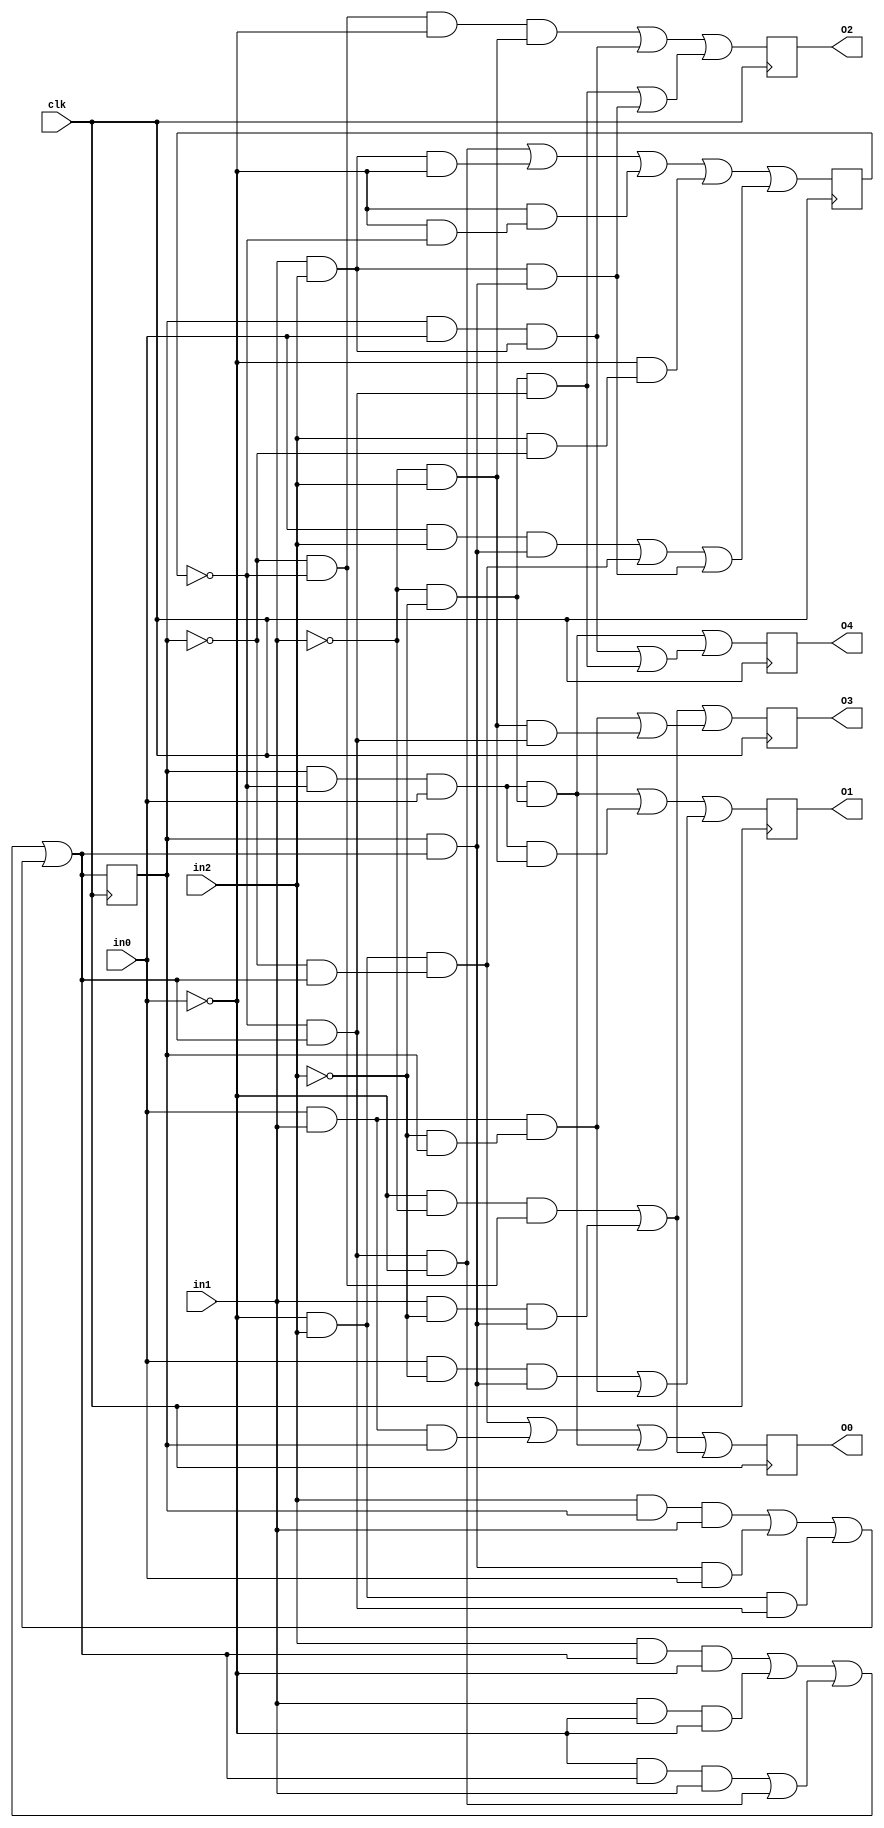
//num of or = 31
//num of and = 112
//num of not = 65
//num of wire = 206
module c1126 (in0,in1,in2,O0,O1,O2,O3,O4,clk);

input in0,in1,in2,clk;

output O0,O1,O2,O3,O4;

wire in0,in1,in2,N0,N1,N2,N3,N4,N5,N6,N7,N8,
N9,N10,N11,N12,N13,N14,N15,N16,N17,N18,
N19,N20,N21,N22,N23,N24,N25,N26,N27,N28,
N29,N30,N31,N32,N33,N34,N35,N36,N37,N38,
N39,N40,N41,N42,N43,N44,N45,N46,N47,N48,
N49,N50,N51,N52,N53,N54,N55,N56,N57,N58,
N59,N60,N61,N62,N63,N64,N65,N66,N67,N68,
N69,N70,N71,N72,N73,N74,N75,N76,N77,N78,
N79,N80,N81,N82,N83,N84,N85,N86,N87,N88,
N89,N90,N91,N92,N93,N94,N95,N96,N97,N98,
N99,N100,N101,N102,N103,N104,N105,N106,N107,N108,
N109,N110,N111,N112,N113,N114,N115,N116,N117,N118,
N119,N120,N121,N122,N123,N124,N125,N126,N127,N128,
N129,N130,N131,N132,N133,N134,N135,N136,N137,N138,
N139,N140,N141,N142,N143,N144,N145,N146,N147,N148,
N149,N150,N151,N152,N153,N154,N155,N156,N157,N158,
N159,N160,N161,N162,N163,N164,N165,N166,N167,N168,
N169,N170,N171,N172,N173,N174,N175,N176,N177,N178,
N179,N180,N181,N182,N183,N184,N185,N186,N187,N188,
N189,N190,N191,N192,N193,N194,N195,N196,N197,N198,
N199,N200,N201,N202,N203,N204,clk;

reg R0,R1,O0,O1,O2,O3,O4;

always@(posedge clk)
   R0 <= N0;
always@(posedge clk)
   R1 <= N29;
always@(posedge clk)
   O0 <= N78;
always@(posedge clk)
   O1 <= N108;
always@(posedge clk)
   O2 <= N132;
always@(posedge clk)
   O3 <= N156;
always@(posedge clk)
   O4 <= N179;

and and0(N6,N7,N8);
and and3(N11,N12,N13);
and and5(N14,N15,N16);
and and7(N18,N19,in1);
and and9(N21,N22,N23);
and and11(N25,N26,in1);
and and13(N27,N28,in0);
and and1(N7,N9,in2);
and and2(N8,N10,N0);
and and4(N12,in2,N0);
and and6(N15,in1,N17);
and and8(N19,N20,N0);
and and10(N22,N24,N0);
and and12(N26,in2,R0);
and and14(N28,R0,N0);
and and15(N37,N38,N39);
and and18(N44,N45,N46);
and and21(N50,N51,N52);
and and24(N55,N56,N57);
and and27(N58,N59,N60);
and and30(N63,N64,N65);
and and33(N68,N69,N70);
and and36(N71,N72,N73);
and and38(N75,N76,N77);
and and16(N38,N40,N41);
and and17(N39,N42,N43);
and and19(N45,N47,N48);
and and20(N46,in2,N49);
and and22(N51,in0,N53);
and and23(N52,N54,R0);
and and25(N56,in0,in2);
and and26(N57,R0,N0);
and and28(N59,N61,in2);
and and29(N60,N62,N0);
and and31(N64,in0,N66);
and and32(N65,in2,N67);
and and34(N69,in1,in2);
and and35(N70,R0,N0);
and and37(N72,N74,N0);
and and39(N76,in1,in2);
and and40(N82,N83,N84);
and and44(N89,N90,N91);
and and47(N96,N97,N98);
and and50(N100,N101,N102);
and and53(N105,N106,N107);
and and41(N83,N85,in0);
and and42(N84,N86,N87);
and and45(N90,N92,N93);
and and46(N91,N94,N95);
and and48(N97,in1,N99);
and and49(N98,R0,N0);
and and51(N101,N103,in2);
and and52(N102,N104,N0);
and and54(N106,in0,in1);
and and55(N107,R0,R0);
and and43(N85,R0,N88);
and and56(N111,N112,N113);
and and60(N118,N119,N120);
and and64(N124,N125,N126);
and and67(N128,N129,N130);
and and57(N112,N114,in0);
and and58(N113,N115,N116);
and and61(N119,N121,in0);
and and62(N120,N122,in2);
and and65(N125,in0,N127);
and and66(N126,R0,N0);
and and68(N129,in0,in1);
and and69(N130,N131,R0);
and and59(N114,R0,N117);
and and63(N121,R0,N123);
and and70(N135,N136,N137);
and and74(N143,N144,N145);
and and78(N147,N148,N149);
and and81(N153,N154,N155);
and and71(N136,N138,N139);
and and72(N137,N140,in2);
and and75(N144,N146,in0);
and and76(N145,in1,in2);
and and79(N148,N150,N151);
and and80(N149,N152,N0);
and and82(N154,in1,in2);
and and83(N155,R0,N0);
and and73(N138,N141,N142);
and and77(N146,R0,R0);
and and84(N159,N160,N161);
and and87(N166,N167,N168);
and and90(N170,N171,N172);
and and93(N174,N175,N176);
and and85(N160,N162,N163);
and and86(N161,N164,N165);
and and88(N167,in1,N169);
and and89(N168,R0,N0);
and and91(N171,in0,in1);
and and92(N172,N173,R0);
and and94(N175,N177,in2);
and and95(N176,N178,N0);
and and96(N182,N183,N184);
and and100(N189,N190,N191);
and and104(N195,N196,N197);
and and108(N199,N200,N201);
and and97(N183,N185,in0);
and and98(N184,N186,N187);
and and101(N190,N192,N193);
and and102(N191,in1,in2);
and and105(N196,N198,in0);
and and106(N197,in1,in2);
and and109(N200,N202,N203);
and and110(N201,N204,N0);
and and99(N185,R0,N188);
and and103(N192,N194,R0);
and and107(N198,R0,R0);

or or0(N0,N1,N2);
or or1(N1,N3,N4);
or or2(N2,N5,N6);
or or3(N3,N11,N14);
or or4(N4,N18,N21);
or or5(N5,N25,N27);
or or6(N29,N30,N31);
or or7(N30,N32,N33);
or or8(N31,N34,N35);
or or9(N32,N36,N37);
or or10(N33,N44,N50);
or or11(N34,N55,N58);
or or12(N35,N63,N68);
or or13(N36,N71,N75);
or or14(N78,N79,N80);
or or15(N79,N81,N82);
or or16(N80,N89,N96);
or or17(N81,N100,N105);
or or18(N108,N109,N110);
or or19(N109,N111,N118);
or or20(N110,N124,N128);
or or21(N132,N133,N134);
or or22(N133,N135,N143);
or or23(N134,N147,N153);
or or24(N156,N157,N158);
or or25(N157,N159,N166);
or or26(N158,N170,N174);
or or27(N179,N180,N181);
or or28(N180,N182,N189);
or or29(N181,N195,N199);

not not0(N13,in0);
not not1(N16,in0);
not not2(N23,in0);
not not3(N9,in0);
not not4(N10,R1);
not not5(N17,in0);
not not6(N20,in0);
not not7(N24,R1);
not not8(N73,in0);
not not9(N77,in0);
not not10(N40,in0);
not not11(N41,in0);
not not12(N42,in0);
not not13(N43,R1);
not not14(N47,in0);
not not15(N48,in0);
not not16(N49,R0);
not not17(N53,in0);
not not18(N54,in0);
not not19(N61,in0);
not not20(N62,R0);
not not21(N66,in0);
not not22(N67,R1);
not not23(N74,R1);
not not24(N86,in1);
not not25(N87,in2);
not not26(N92,in0);
not not27(N93,in1);
not not28(N94,R0);
not not29(N95,R1);
not not30(N99,in2);
not not31(N103,in0);
not not32(N104,R0);
not not33(N88,R1);
not not34(N115,in1);
not not35(N116,in2);
not not36(N122,in1);
not not37(N127,in2);
not not38(N131,in2);
not not39(N117,R1);
not not40(N123,R1);
not not41(N139,in0);
not not42(N140,in1);
not not43(N150,in1);
not not44(N151,in2);
not not45(N152,R1);
not not46(N141,R0);
not not47(N142,R1);
not not48(N162,in0);
not not49(N163,in1);
not not50(N164,R0);
not not51(N165,R1);
not not52(N169,in2);
not not53(N173,in2);
not not54(N177,in1);
not not55(N178,R1);
not not56(N186,in1);
not not57(N187,in2);
not not58(N193,in0);
not not59(N202,in1);
not not60(N203,in2);
not not61(N204,R1);
not not62(N188,R1);
not not63(N194,R0);

endmodule